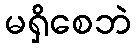
မရှိစေဘဲ